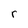
Character: r